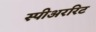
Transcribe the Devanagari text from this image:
स्पीअररिट